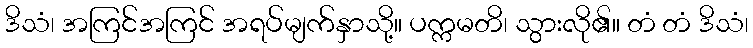
ဒိသံ၊ အကြင်အကြင် အရပ်မျက်နှာသို့။ ပက္ကမတိ၊ သွားလို၏။ တံ တံ ဒိသံ၊